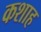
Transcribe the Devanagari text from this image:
कशाह